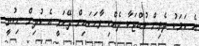
އެ ކަމަކު ދެތިން ކުއްޖަކާ ދެއްކި ވާހަކައިން ދޭހަވީ އެ ކުދިން ނިކުތީ